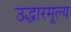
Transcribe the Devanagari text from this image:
उद्धारमूल्य